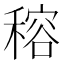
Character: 穃